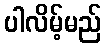
ပါလိမ့်မည်